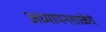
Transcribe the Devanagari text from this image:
अध्यापनशाळेचे